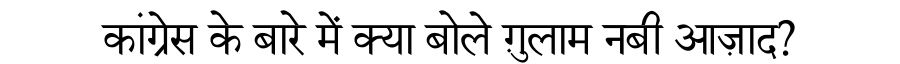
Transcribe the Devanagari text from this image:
कांग्रेस के बारे में क्या बोले ग़ुलाम नबी आज़ाद?